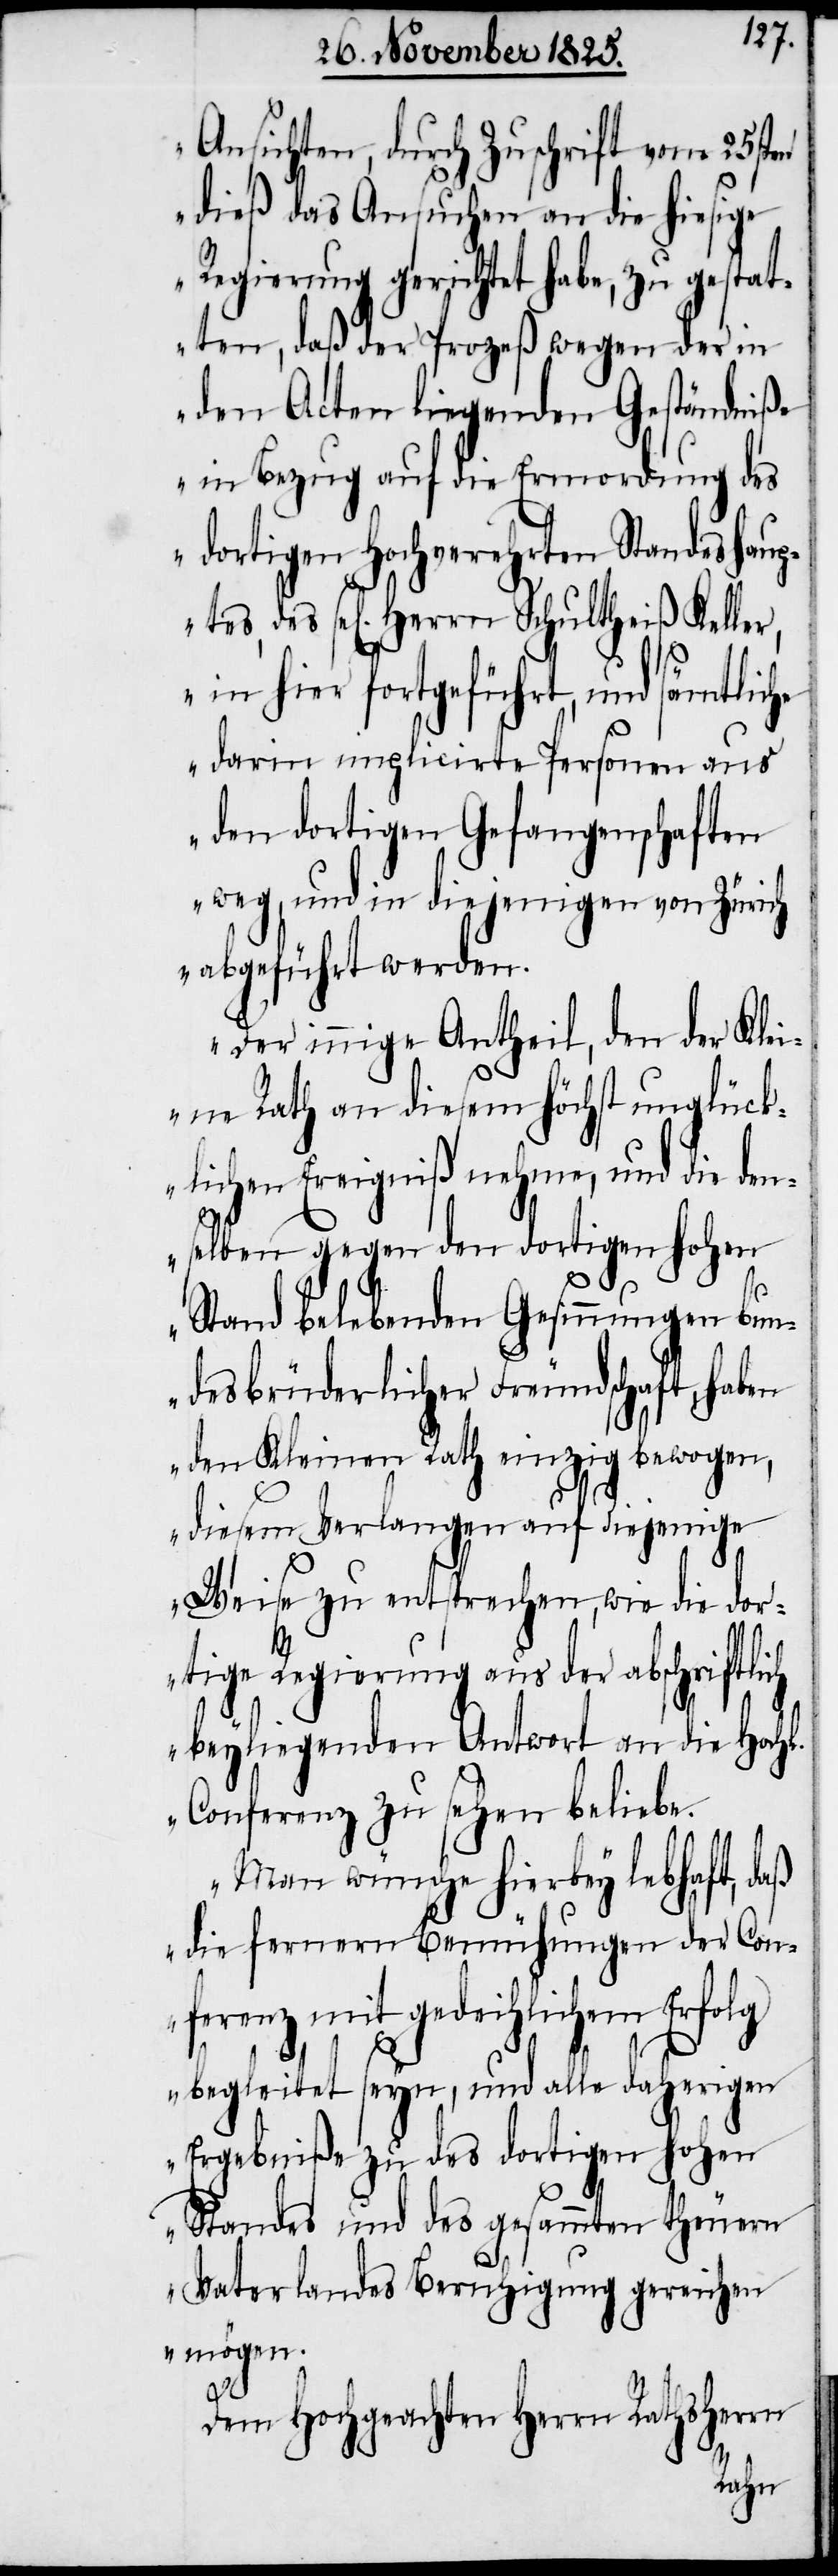
Ansichten, durch Zuschrift vom 25sten
dieß das Ansuchen an die hiesige
Regierung gerichtet habe, zu gestat¬
ten, daß der Prozeß wegen der in
dem Acten liegenden Geständniße
in Bezug auf die Ermordung des
dortigen Hochverehrten Standeshaup¬
des sel[igen] Herrn Schultheiß Keller,
in hier fortgeführt, und sämtliche
darin implicirte Personen aus
den dortigen Gefangenschaften
weg, und in diejenigen von Zürich
abgeführt werden.
Der innige Antheil, den der Kl¬
eine Rath an diesem höchst unglück¬
lichen Ereigniß nehme, und die den¬
selben gegen den dortigen hohen
tes,
Stand belebenden Gesinnungen Bun¬
des brüderlicher Freundschaft, haben
den Kleinen Rath einzig bewogen,
diesem Verlangen auf diejenige
Weise zu entsprechen, wie die dor¬
tige Regierung aus der abschriftlich
beyliegenden Antwort an die Hochl.
Conferenz zu sehen beliebe.
Man wünsche hierbey lebhaft, daß
die fernern Bemühungen der Con¬
ferenz mit gedeihlichem Erfolg
begleitet seyn, und alle daherigen
Ergebniße zu des dortigen hohen
Standes und des gesammten theuern
Vaterlandes Beruhigung gereichen
mögen.“
Dem Hochgeachten Herrn Rathsherrn